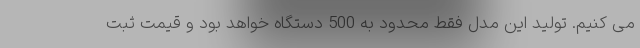
می کنیم. تولید این مدل فقط محدود به 500 دستگاه خواهد بود و قیمت ثبت